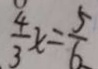
\frac { 4 } { 3 } x = \frac { 5 } { 6 }